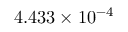
4 . 4 3 3 \times 1 0 ^ { - 4 }